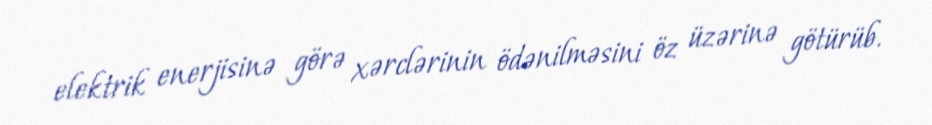
elektrik enerjisinə görə xərclərinin ödənilməsini öz üzərinə götürüb.